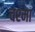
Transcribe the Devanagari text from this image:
चश्‍मा